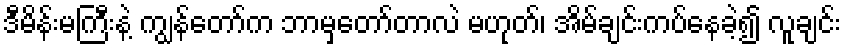
ဒီမိန်းမကြီးနဲ့ ကျွန်တော်က ဘာမှတော်တာလဲ မဟုတ်၊ အိမ်ချင်းကပ်နေခဲ့၍ လူချင်း